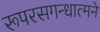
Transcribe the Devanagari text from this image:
रूपरसगन्धात्मने